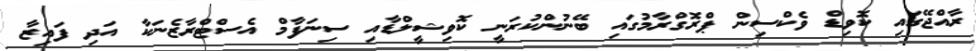
ރާއްޖޭގައި ކޮވިޑް ވެކްސިން ޕްރޮގްރާމުގައި ބޭނުންކުރަނީ ކޮވިޝީލްޑާއި ސިނަފާމް އެސްޓްރާޒެނަކާ އަދި ފައިޒާ